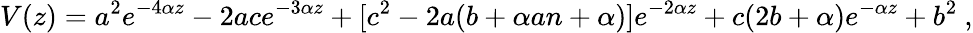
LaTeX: V(z)=a^{2}e^{-4\alpha z}-2ace^{-3\alpha z}+[c^{2}-2a(b+\alpha an+\alpha)]e^{-2\alpha z}+c(2b+\alpha)e^{-\alpha z}+b^{2}\ ,